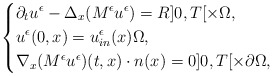
\begin{align*}\left\{\begin{aligned}& \partial_{t}u^\epsilon - \Delta_x (M^\epsilon u^\epsilon) = R ]0,T[\times\Omega,\\& u^\epsilon(0,x)=u_{in}^\epsilon(x) \Omega,\\& \nabla_x (M^\epsilon u^\epsilon)(t,x)\cdot n(x) = 0 ]0,T[\times\partial\Omega,\end{aligned}\right.\end{align*}